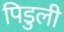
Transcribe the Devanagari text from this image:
पिडुली